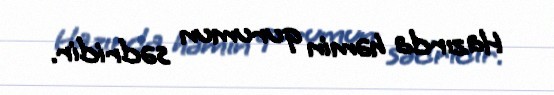
Hazırda həmin qurumun sədridir.